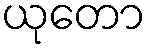
ယုတော